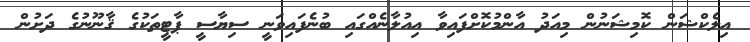
އިލެކްޝަން ކޮމިޝަނުން މިއަދު އާންމުކޮށްފައިވާ އިއުލާނެއްގައި ބުނެފައިވަނީ ސިޔާސީ ޕާޓީތަކުގެ ޤާނޫނުގެ ދަށުން